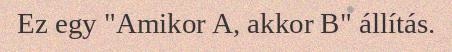
Ez egy "Amikor A, akkor B" állítás.